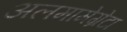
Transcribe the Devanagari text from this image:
अलमामेग्रेटा